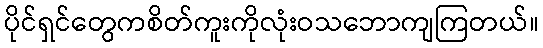
ပိုင်ရှင်တွေကစိတ်ကူးကိုလုံးဝသဘောကျကြတယ်။